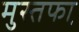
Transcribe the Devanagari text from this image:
मुस्तफा़